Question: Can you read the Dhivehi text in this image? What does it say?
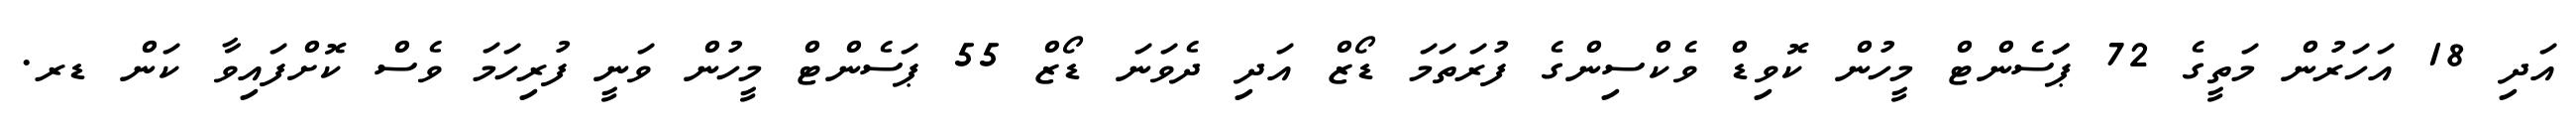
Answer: އަދި 18 އަހަރުން މަތީގެ 72 ޕަަސެންޓް މީހުން ކޮވިޑް ވެކްސިންގެ ފުރަތަމަ ޑޯޒް އަދި ދެވަނަ ޑޯޒް 55 ޕަސެންޓް މީހުން ވަނީ ފުރިހަމަ ވެސް ކޮށްފައިވާ ކަން ޑރ.